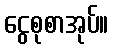
ငွေစုစာအုပ်။